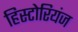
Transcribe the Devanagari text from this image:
हिस्टोरियंज